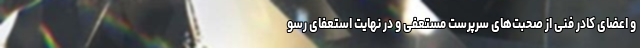
و اعضای کادر فنی از صحبت‌های سرپرست مستعفی و در نهایت استعفای رسو